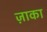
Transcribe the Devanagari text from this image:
ज़ाका